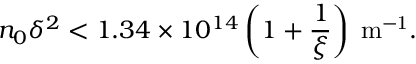
n _ { 0 } \delta ^ { 2 } < 1 . 3 4 \times 1 0 ^ { 1 4 } \left( 1 + \frac { 1 } { \xi } \right) \; \mathrm { m ^ { - 1 } } .